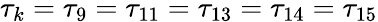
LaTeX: \tau_{k}=\tau_{9}=\tau_{11}=\tau_{13}=\tau_{14}=\tau_{15}